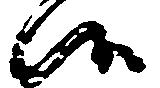
候